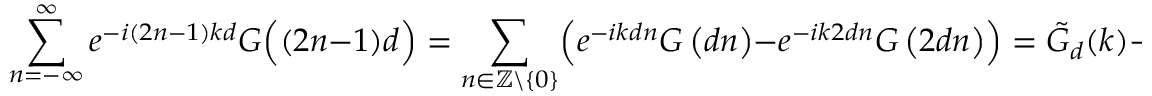
\sum _ { n = - \infty } ^ { \infty } e ^ { - i ( 2 n - 1 ) k d } G \Bigl ( ( 2 n - 1 ) d \Bigr ) = \sum _ { n \in \mathbb { Z } \backslash \{ 0 \} } \Bigl ( e ^ { - i k d n } G \left( d n \right) - e ^ { - i k 2 d n } G \left( 2 d n \right) \Bigr ) = \tilde { G } _ { d } ( k ) - \tilde { G } _ { 2 d } ( k ) ,